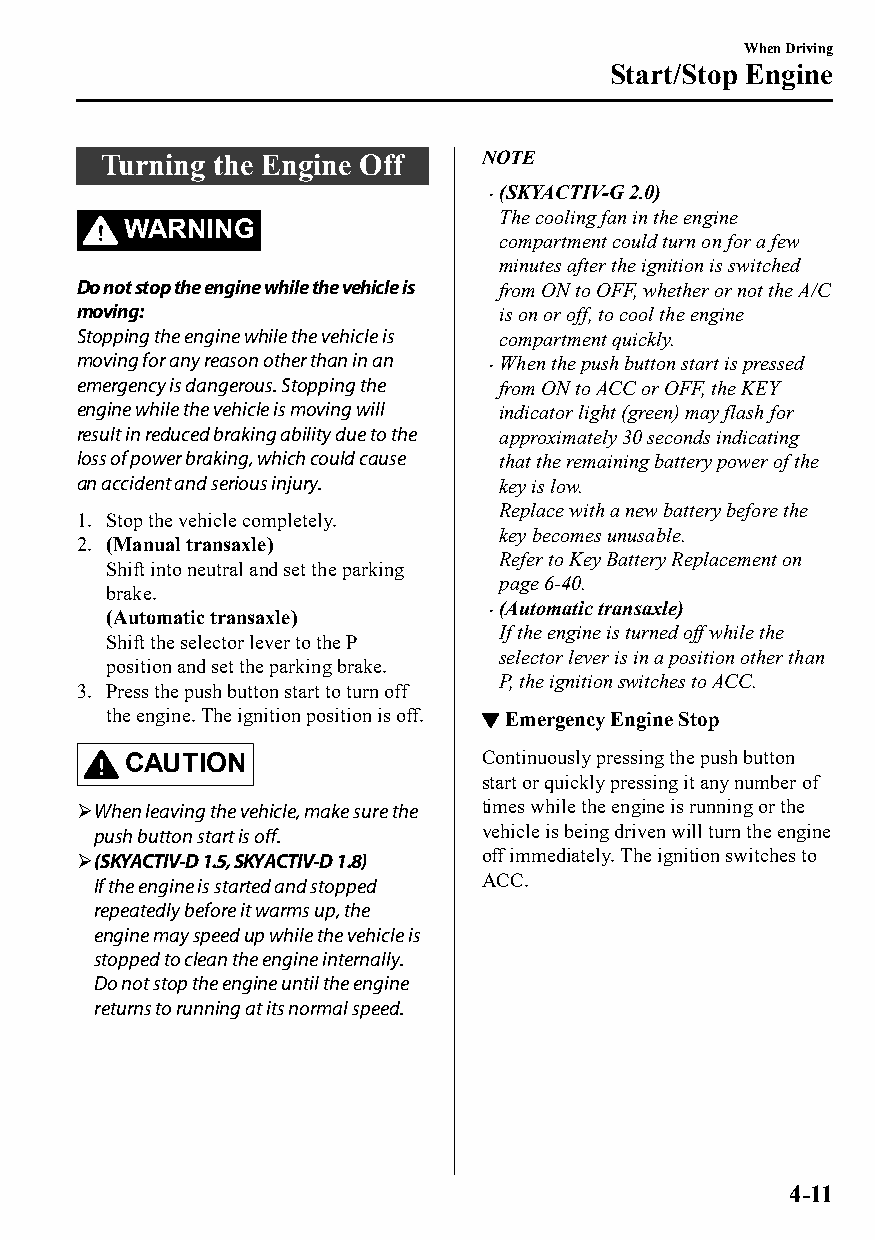
When Driving
 Start/Stop Engine
 Turning the Engine Off    NOTE
 (SKYACTIV-G 2.0)
 
 The cooling fan in the engine
 WARNING
 compartment could turn on for a few
 minutes after the ignition is switched
 Do not stop the engine while the vehicle is from ON to OFF, whether or not the A/C
 moving:                     is on or off, to cool the engine
 Stopping the engine while the vehicle is compartment quickly.
 moving for any reason other than in an When the push button start is pressed
 
 emergency is dangerous. Stopping the from ON to ACC or OFF, the KEY
 engine while the vehicle is moving will indicator light (green) may flash for
 result in reduced braking ability due to the approximately 30 seconds indicating
 loss of power braking, which could cause that the remaining battery power of the
 an accident and serious injury. key is low.
 Replace with a new battery before the
 1. Stop the vehicle completely.
 key becomes unusable.
 2. (Manual transaxle)
 Refer to Key Battery Replacement on
 Shift into neutral and set the parking
 page 6-40.
 brake.
 (Automatic transaxle)
 (Automatic transaxle)    
 If the engine is turned off while the
 Shift the selector lever to the P
 selector lever is in a position other than
 position and set the parking brake.
 P, the ignition switches to ACC.
 3. Press the push button start to turn off
 the engine. The ignition position is off. ▼Emergency Engine Stop
 CAUTION                 Continuously pressing the push button
 start or quickly pressing it any number of
 When leaving the vehicle, make sure the times while the engine is running or the
 push button start is off. vehicle is being driven will turn the engine
 (SKYACTIV-D 1.5, SKYACTIV-D 1.8) off immediately. The ignition switches to
 If the engine is started and stopped ACC.
 repeatedly before it warms up, the
 engine may speed up while the vehicle is
 stopped to clean the engine internally.
 Do not stop the engine until the engine
 returns to running at its normal speed.
 4-11
 CX-3_8GT4-EE-18D_Edition4                  2018-9-6 18:32:19